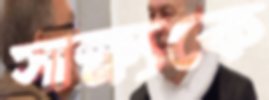
সাক্ষ্যকে